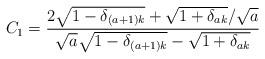
LaTeX: \begin{align*}C_1=\frac{2\sqrt{1-\delta_{(a+1)k}}+\sqrt{1+\delta_{ak}}/\sqrt{a}}{\sqrt{a}\sqrt{1-\delta_{(a+1)k}}-\sqrt{1+\delta_{ak}}}\end{align*}